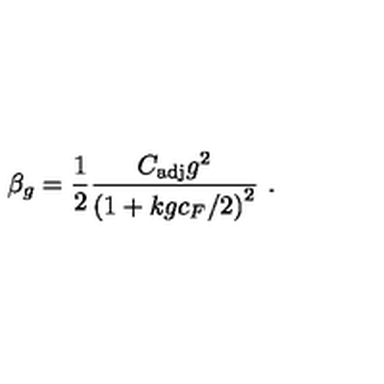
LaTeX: \beta _ { g } = \frac { 1 } { 2 } \frac { C _ { \mathrm { a d j } } g ^ { 2 } } { { \left( 1 + k g c _ { F } / 2 \right) } ^ { 2 } } \ .